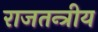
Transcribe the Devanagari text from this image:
राजतन्त्रीय